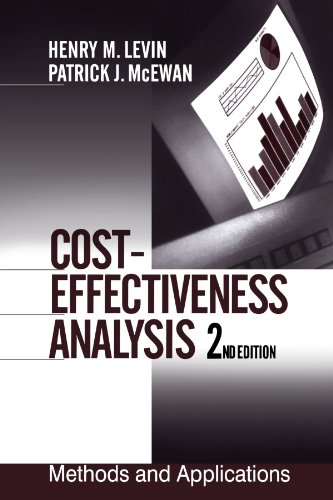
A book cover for Cost-Effectiveness Analysis: Methods and Applications (1-Off Series); Henry M. Levin; Reference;